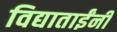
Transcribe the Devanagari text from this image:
विद्याताईंनी